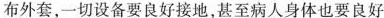
布外套，一切设备要良好接地，甚至病人身体也要良好